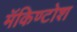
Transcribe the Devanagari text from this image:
मॅकिण्टोश